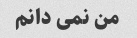
من نمی دانم